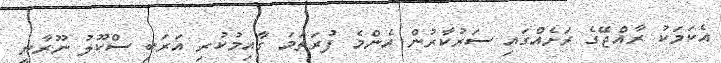
އެކަމަކު ރާއްޖޭގެ ރަށެއްގައި ސަރުކާރުން އެންމެ ފުރަތަމަ ގާއިމުކުރި އަރަބި ސްކޫލު ނޫރާނީ